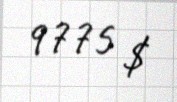
9775 $